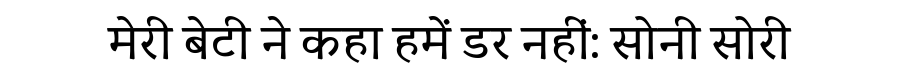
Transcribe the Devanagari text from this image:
मेरी बेटी ने कहा हमें डर नहीं: सोनी सोरी